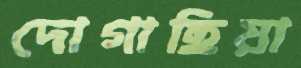
দোগাছিয়া